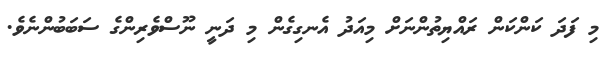
މި ފަދަ ކަންކަން ރައްޔިތުންނަށް މިއަދު އެނގިގެން މި ދަނީ ނޫސްވެރިންގެ ސަބަބުންނެވެ.